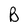
Character: B